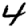
Digit: 4